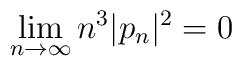
\lim_{n\rightarrow \infty}n^{3}|p_{n}|^{2} = 0